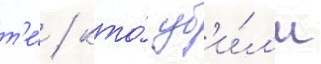
т'е́ / кто́ уб'и́л'и